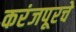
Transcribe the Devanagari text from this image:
करंजपूरचे